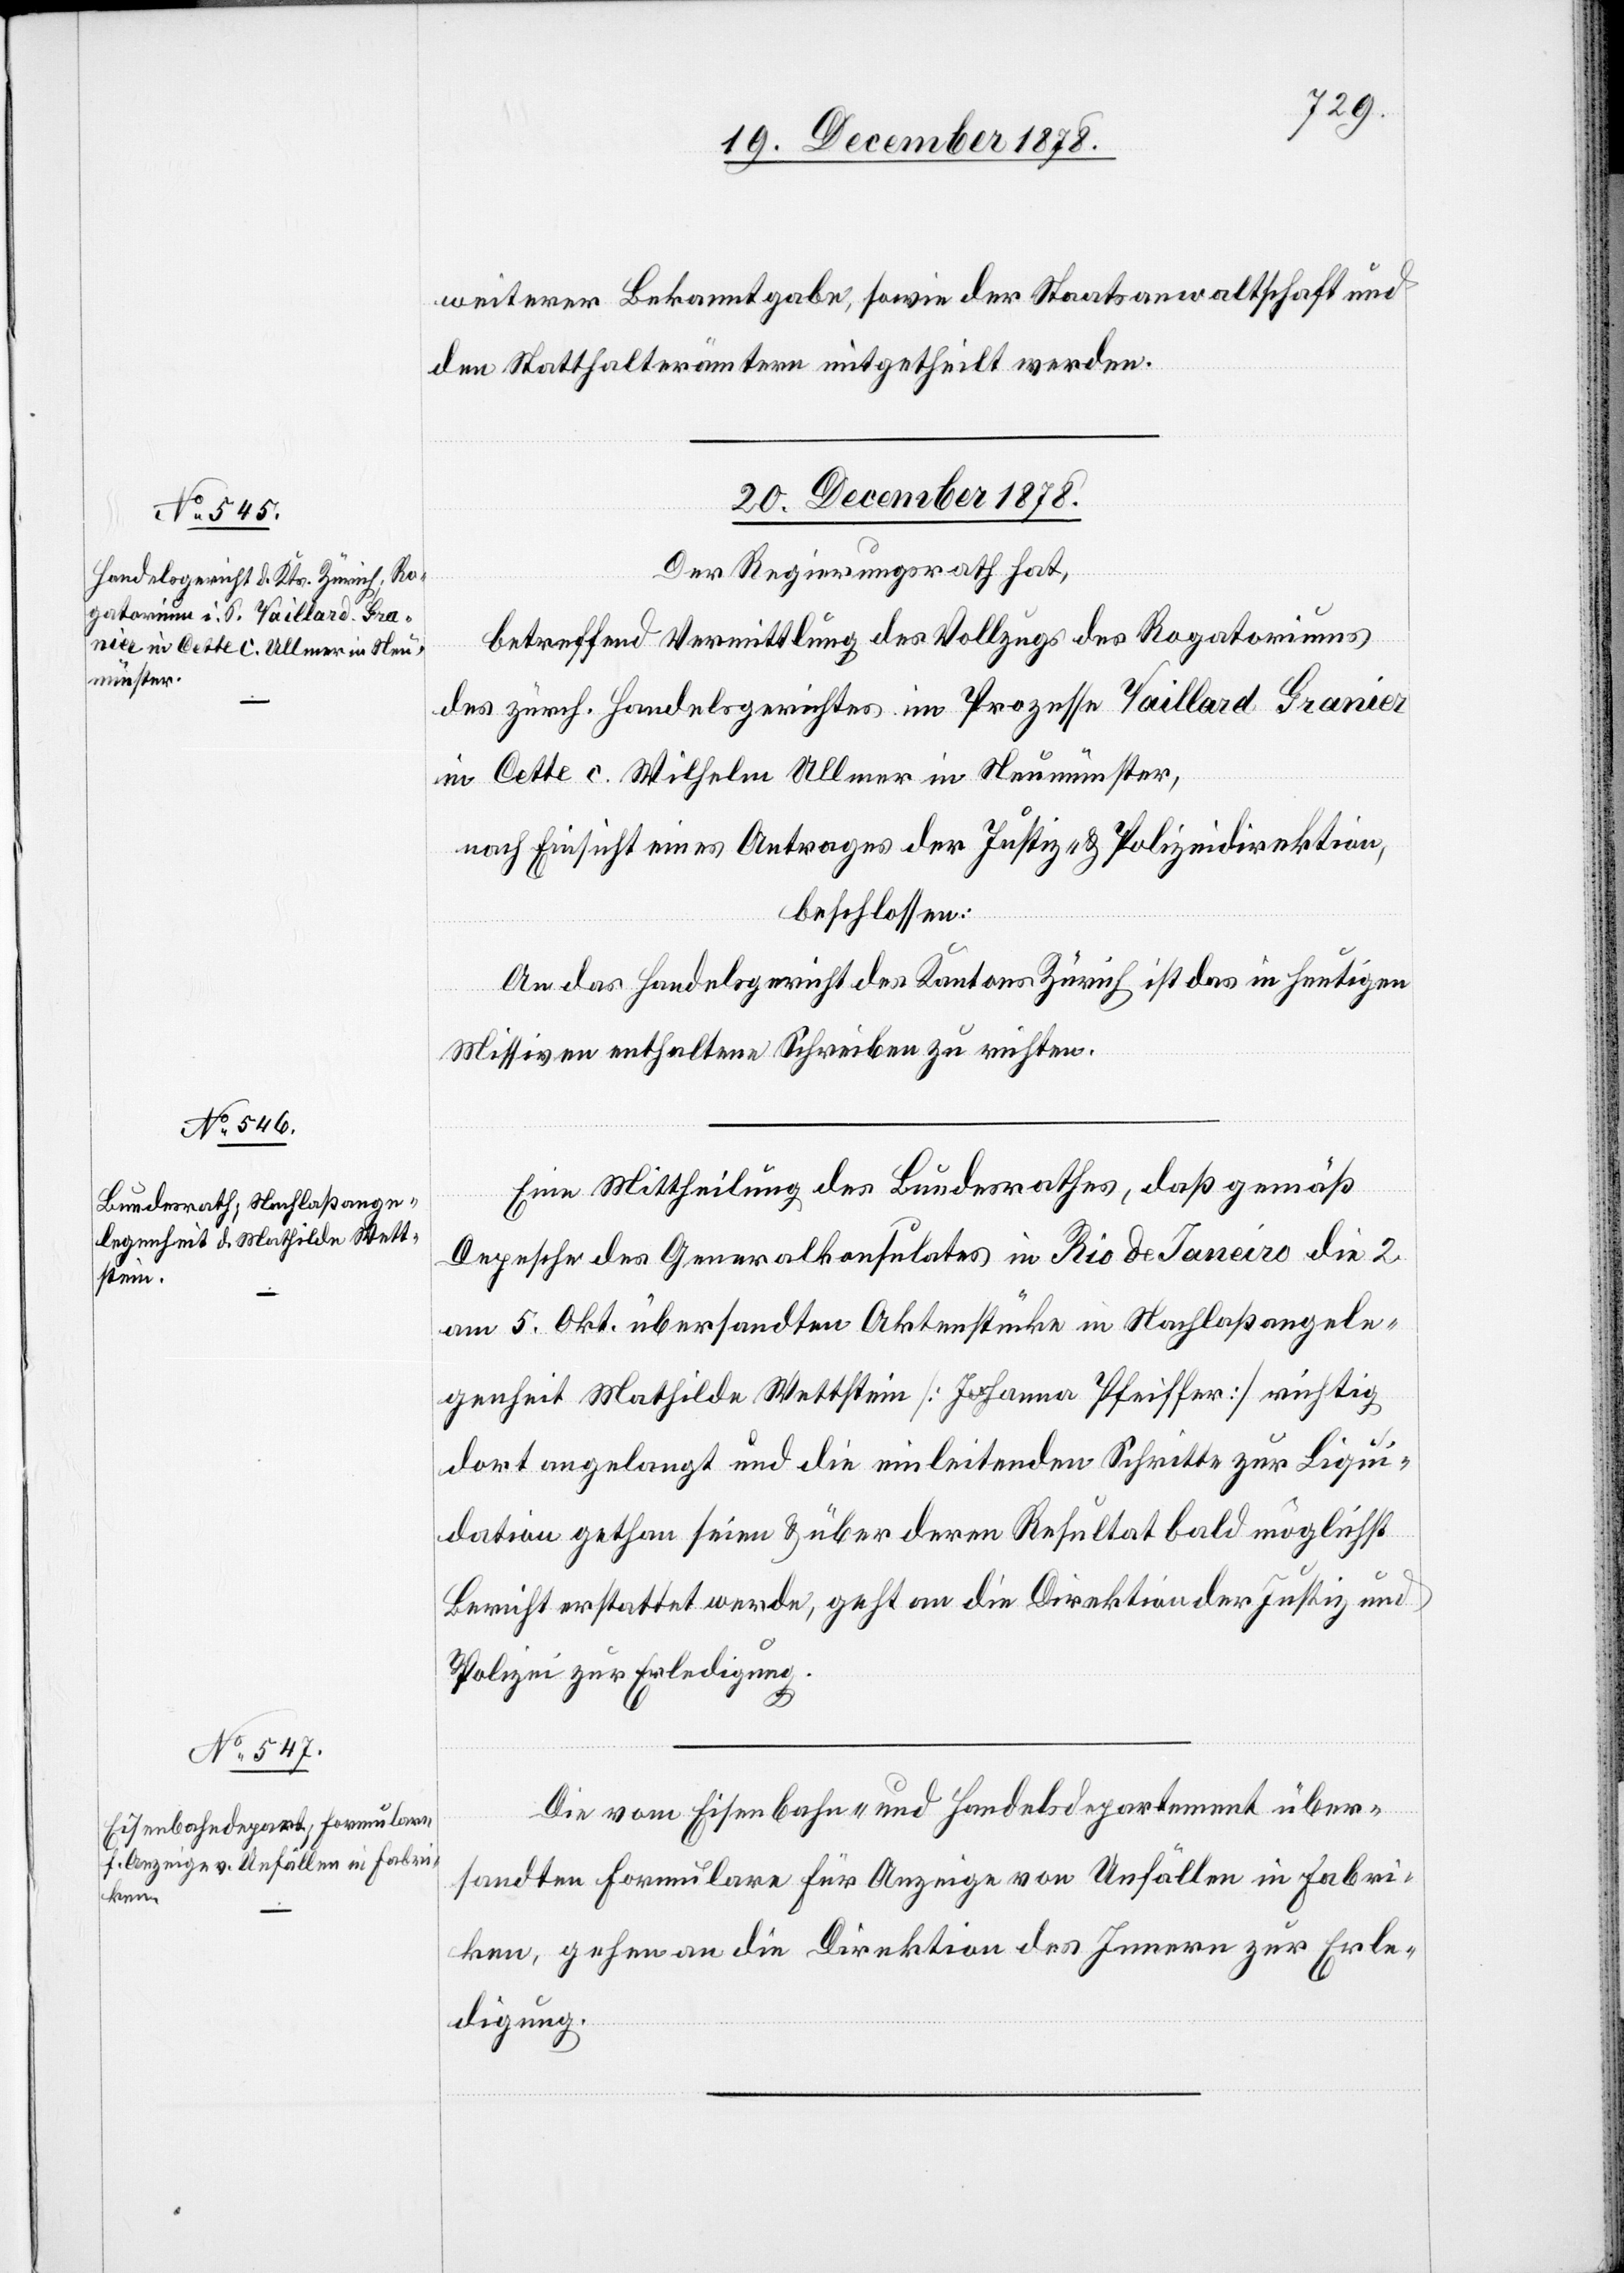
weiterer Bekanntgabe, sowie der Staatsanwaltschaft und
den Statthalterämtern mitgetheilt werden.
20. December 1878.]
Der Regierungsrath hat,
betreffend Vermittlung des Vollzugs des Rogatoriums
des zürch. Handelsgerichtes im Prozesse Vaillard Granier
in Cette c. Wilhelm Ullmer in Neumünster,
nach Einsicht eines Antrages der Justiz- & Polizeidirektion,
beschlossen:
An das Handelsgericht des Kantons Zürich ist das in heutigen
Missiven enthaltene Schreiben zu richten.
Eine Mittheilung des Bundesrathes, daß gemäß
Depesche des Generalkonsulates in Rio de Janeiro die 2
am 5. Okt. übersandten Aktenstücke in Nachlaßangele¬
genheit Mathilde Wettstein [Johanna Pfeiffer] richtig
dort angelangt und die einleitenden Schritte zur Liqui¬
dation gethan seien & über deren Resultat bald möglichst
Bericht erstattet werde, geht an die Direktion der Justiz und
Polizei zur Erledigung.
Die vom Eisenbahn- und Handelsdepartement über¬
sandten Formulare für Anzeige von Unfällen in Fabri¬
ken, gehen an die Direktion des Innern zur Erle¬
digung.